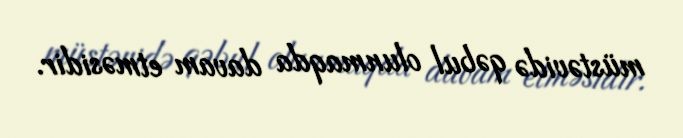
müstəvidə qəbul olunmaqda davam etməsidir.